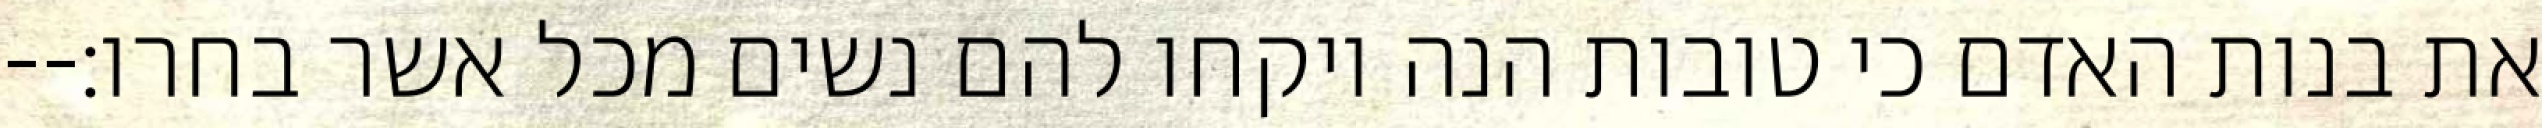
את בנות האדם כי טובות הנה ויקחו להם נשים מכל אשר בחרו׃--